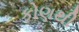
કોણથી